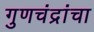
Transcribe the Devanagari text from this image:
गुणचंद्रांचा